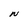
Character: N